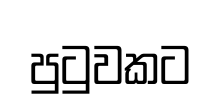
පුටුවකට